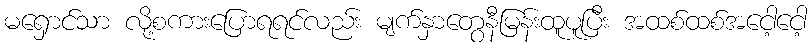
မရှောင်သာ လို့စကားပြောရရင်လည်း မျက်နှာတွေနီမြန်းထူပူပြီး အထစ်ထစ်အငေါ့ငေါ့